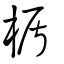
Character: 楯